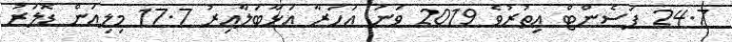
24.7 ޕަސެންޓް އިތުރުވެ 2019 ވަނަ އަހަރާ އަޅާބަލާއިރު 17.7 މިލިއަން ޑޮލަރު